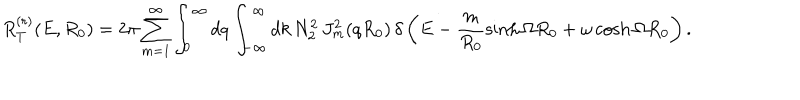
R _ { T } ^ { ( r ) } ( E , R _ { 0 } ) = 2 \pi \sum _ { m = 1 } ^ { \infty } \int _ { 0 } ^ { \infty } d q \int _ { - \infty } ^ { \infty } d k \, N _ { 2 } ^ { 2 } \, J _ { m } ^ { 2 } ( q R _ { 0 } ) \, \delta \left( E - \frac { m } { R _ { 0 } } \sinh \Omega R _ { 0 } + \omega \cosh \Omega R _ { 0 } \right) .